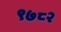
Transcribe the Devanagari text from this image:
९७८२